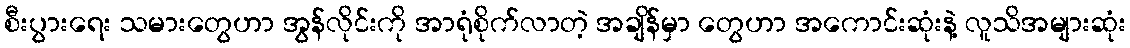
စီးပွားရေး သမားတွေဟာ အွန်လိုင်းကို အာရုံစိုက်လာတဲ့ အချိန်မှာ တွေဟာ အကောင်းဆုံးနဲ့ လူသိအများဆုံး